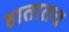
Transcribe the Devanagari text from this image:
हातातच